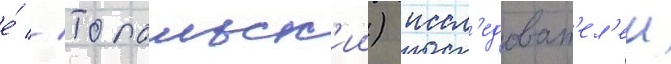
е́ // Топольск'ии) иссл'едоват'ел'еи